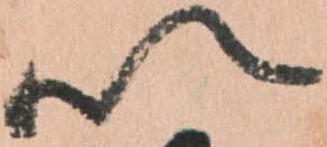
以